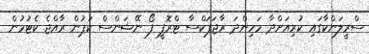
ސްރީލަންކާގައި ކުރިއަށްދާ މަހިންދަ ރާޖަޕަކްސާ ޓްރޮފީ ފޯ ނޭޝަންސް ކަޕުން ރާއްޖެ ކެޓުމުން